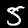
Label: 5